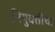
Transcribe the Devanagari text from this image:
नियुक्तीचा